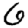
Digit: 6